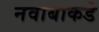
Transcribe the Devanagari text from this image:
नवाबाकडे